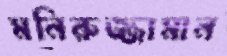
মনিরুজ্জামান